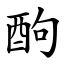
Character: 䣱